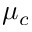
\mu _ { c }